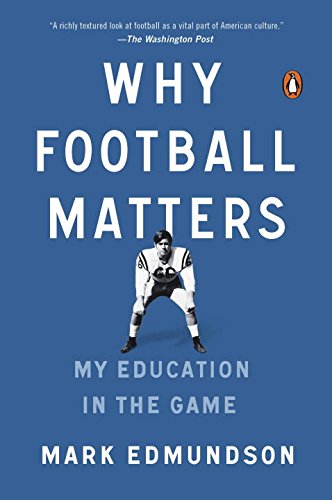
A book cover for Why Football Matters: My Education in the Game; Mark Edmundson; Parenting & Relationships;